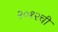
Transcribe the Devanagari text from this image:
२०१२ची